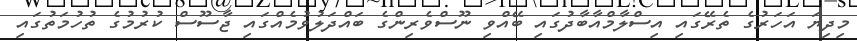
މިދިޔަ އަހަރުގެ ތެރޭގައި އިސްލާމްއާބާދުގައި ބޭއްވި ނޫސްވެރިންގެ ބައްދަލުވުމެއްގައި ޖާސޫސް ކުރުމުގެ ތުހުމަތުގައި